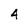
Character: 4